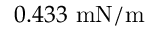
0 . 4 3 3 ~ \mathrm { m N / m }